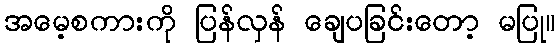
အမေ့စကားကို ပြန်လှန် ချေပခြင်းတော့ မပြု။